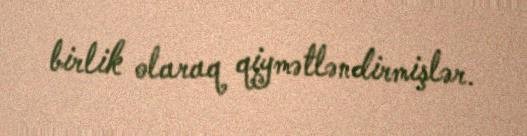
birlik olaraq qiymətləndirmişlər.